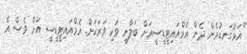
"އަޅުގަނޑުމެން ދެން އެމްއައިޓީޑީސީއަށް ބަލާނީ ވަކި ވަރަކަށް. އެމްއައިޓީޑީސީ އަށް ވެސް އެ